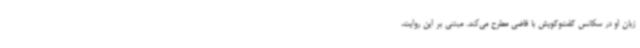
زبان او در سکانس گفت‌وگویش با قاضی مطرح می‌کند. مبتنی بر این روایت،